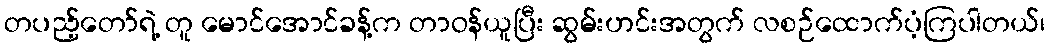
တပည့်တော်ရဲ့ တူ မောင်အောင်ခန့်က တာဝန်ယူပြီး ဆွမ်းဟင်းအတွက် လစဉ်ထောက်ပံ့ကြပါတယ်၊